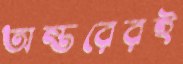
অন্তরেরই